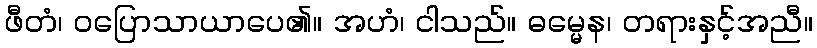
ဖီတံ၊ ဝပြောသာယာပေ၏။ အဟံ၊ ငါသည်။ ဓမ္မေန၊ တရားနှင့်အညီ။